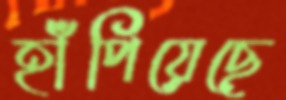
হাঁপিয়েছে